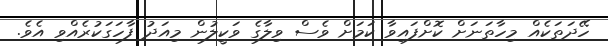
ހޭދަތަކެއް މިހާތަނަށް ކޮށްފައިވާ ކަަމަަށް ވެސް ވިލާގެ ވަކީލުން މިއަދު ފާހަގަކުރެއްވި އެވެ.